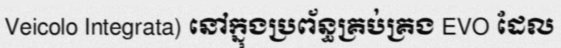
Veicolo Integrata) នៅក្នុងប្រព័ន្ធគ្រប់គ្រង EVO ដែល